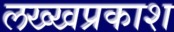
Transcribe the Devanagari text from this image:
लख्खप्रकाश